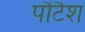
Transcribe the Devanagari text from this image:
पौटैश